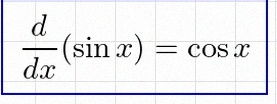
\frac{d}{dx}(\sin x)=\cos x